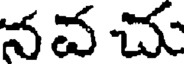
నచ చు